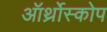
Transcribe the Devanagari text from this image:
ऑर्थ्रोस्कोप